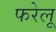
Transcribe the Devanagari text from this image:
फरेलू